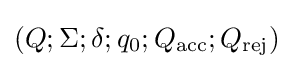
(Q;\Sigma ;\delta ;q_{0};Q_{\text{acc}};Q_{\text{rej}})